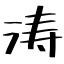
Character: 涛